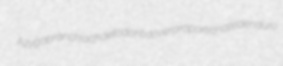
Azygobranchia chaetodontid overproportionated enduro